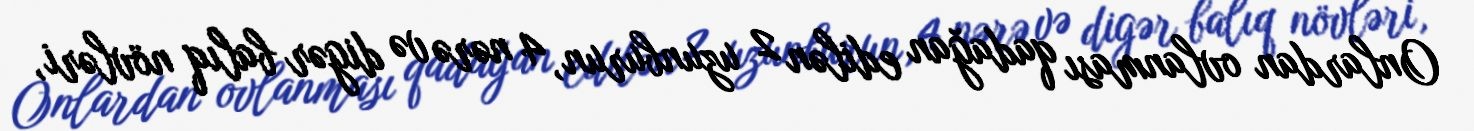
Onlardan ovlanması qadağan edilən 2 uzunburun, 4 nərə və digər balıq növləri,